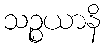
သဉ္စယာနိ